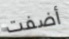
أضفت